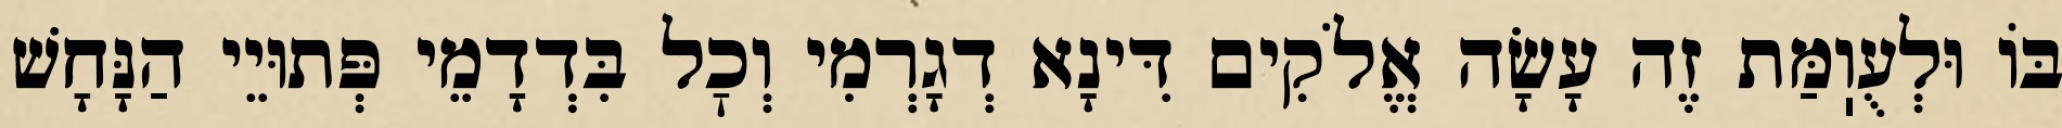
בּוֹ וּלְעֻוֽמַּת זֶה עָשָׂה אֱלֹקִים דִּינָא דְגָרְמִי וְכׇל בִּדְדָמֵי פְּתוּיֵי הַנָּחָשׁ